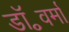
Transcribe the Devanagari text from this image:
डॉ॰वर्मा